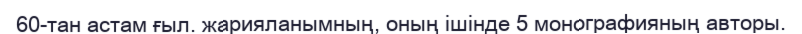
60-тан астам ғыл. жарияланымның, оның ішінде 5 монографияның авторы.